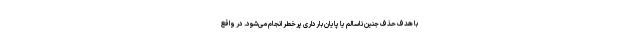
با هدف حذف جنین ناسالم یا پایان بارداری پرخطر انجام می‌­شود. در واقع